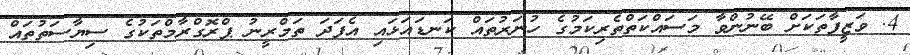
4. ވަޒީފާތަކަށް ބޭނުންވާ މަސައްކަތްތެރިކަމުގެ ހުނަރުތައް ކަނޑައަޅައި އެފަދަ ތަމްރީނު ޕްރޮގްރާމްތަކުގެ ސިޔާސަތުތައް